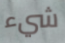
شيء